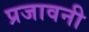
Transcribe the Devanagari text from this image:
प्रजावनी